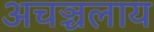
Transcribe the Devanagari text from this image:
अचञ्चलाय